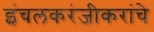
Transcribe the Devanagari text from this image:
इंचलकरंजीकरांचे